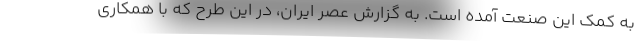
به کمک این صنعت آمده است. به گزارش عصر ایران، در این طرح که با همکاری